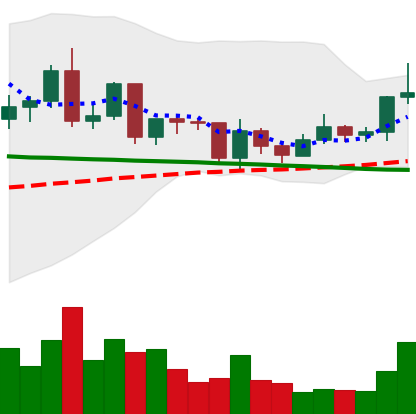
Ticker: ETC-USD
Chart end date: 2020-12-17
Forward return: -5.467%
Label: down_5_7